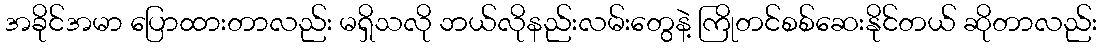
အခိုင်အမာ ပြောထားတာလည်း မရှိသလို ဘယ်လိုနည်းလမ်းတွေနဲ့ ကြိုတင်စစ်ဆေးနိုင်တယ် ဆိုတာလည်း